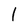
Character: l